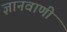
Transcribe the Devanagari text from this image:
ज्ञानवाणी